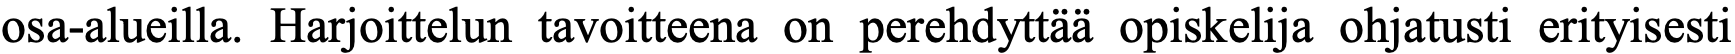
osa-alueilla. Harjoittelun tavoitteena on perehdyttää opiskelija ohjatusti erityisesti